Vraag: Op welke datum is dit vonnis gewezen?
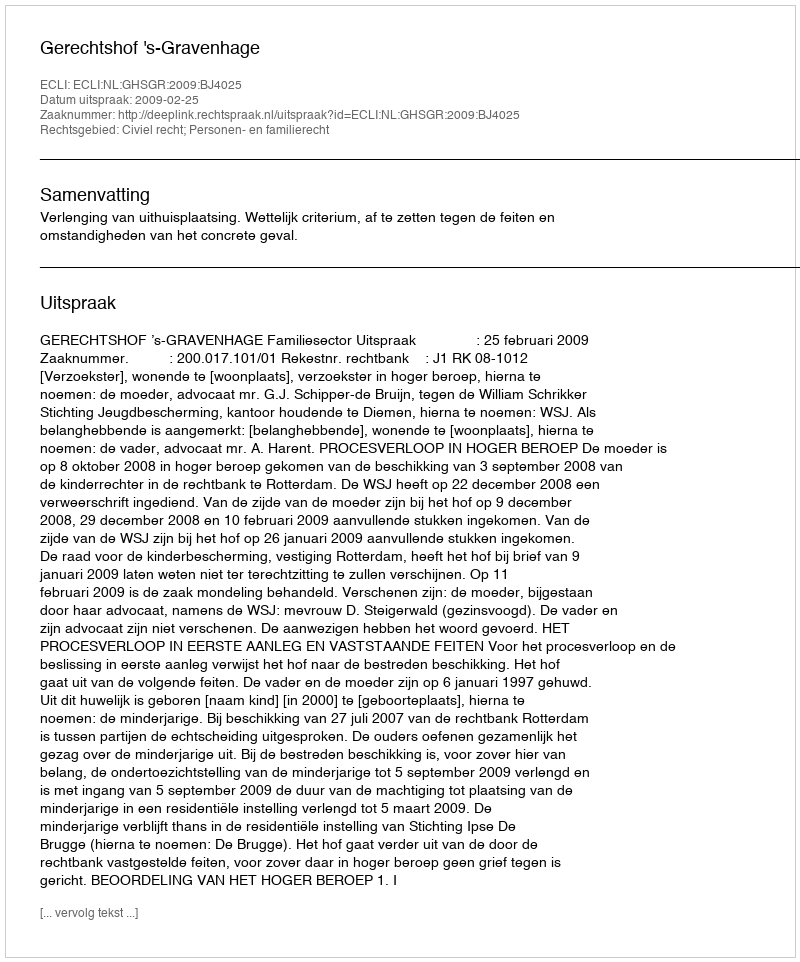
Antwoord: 2009-02-25